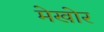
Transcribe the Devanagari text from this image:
मेखोर